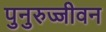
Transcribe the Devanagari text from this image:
पुनुरुज्जीवन